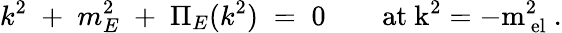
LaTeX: k^{2}\; +\; m_{E}^{2}\; +\; \Pi_{E}(k^{2})\; =\; 0\qquad\mathrm{at~k^{2}=-m_{\mathrm{~el}}^{2}~}.